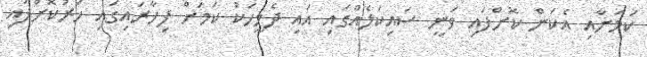
ކަމަށާއި އެކަން ކޮށްފައި ވަނީ ސައިކަލެއްގައި އައި ދެމީހަކު ކަމަށް ފިހާރައިގައި ހަރުކޮށްފައި